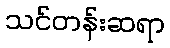
သင်တန်းဆရာ